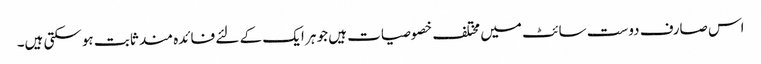
اس صارف دوست سائٹ میں مختلف خصوصیات ہیں جو ہر ایک کے لئے فائدہ مند ثابت ہوسکتی ہیں۔